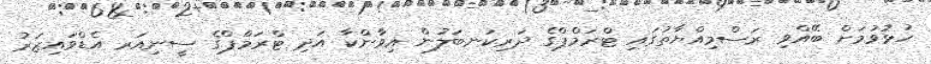
ހުޅުވުމަށް ބޭއްވި ރަސްމިއްޔާތުގައި ޓްރަމްޕްގެ ދަރިކަނބަލުން އިވާންކާ އަދި ޓްރަމްޕްގެ ސީނިއަރ އެޑްވައިޒަރު